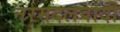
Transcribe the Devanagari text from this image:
नरमदलवादी